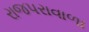
રાજપરાવાળા